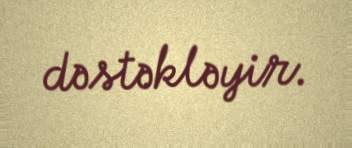
dəstəkləyir.